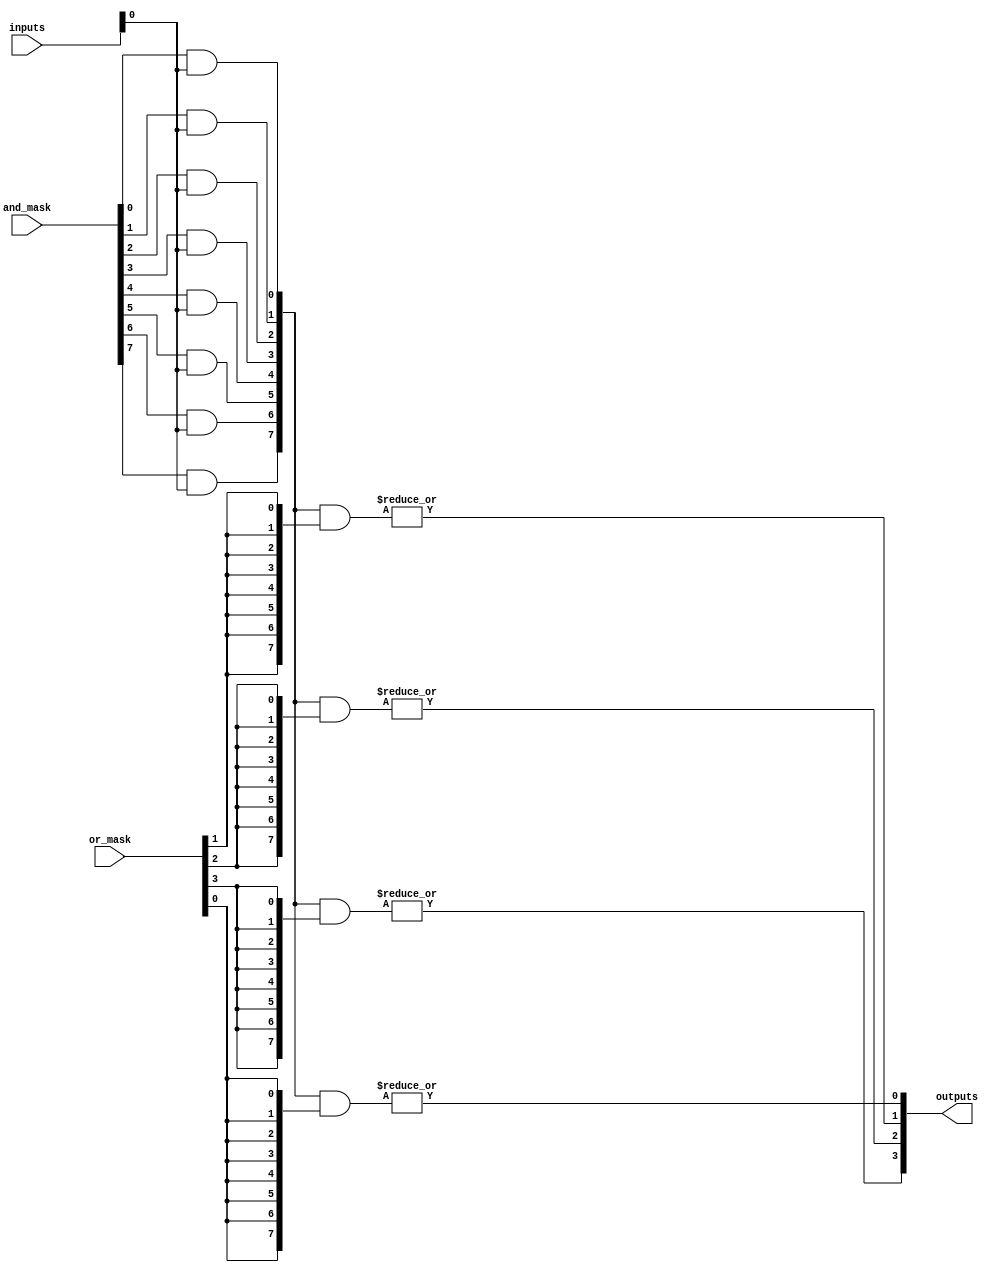
module programmable_logic_array (
    input wire [3:0] inputs,        // 4 input signals
    input wire [7:0] and_mask,      // Programmable masks for AND gates
    input wire [3:0] or_mask,        // Programmable masks for OR gates
    output wire [3:0] outputs        // 4 output signals
);

// Intermediate signals to hold product terms from AND gates
wire [7:0] product_terms;

// AND plane: Generate product terms based on input combinations
generate
    genvar i;
    for (i = 0; i < 8; i = i + 1) begin : and_gates
        // Each AND gate will output '1' if all corresponding inputs are '1'
        assign product_terms[i] = (and_mask[i] & inputs);
    end
endgenerate

// OR plane: Combine product terms to generate final outputs
generate
    genvar j;
    for (j = 0; j < 4; j = j + 1) begin : or_gates
        assign outputs[j] = |(product_terms & {8{or_mask[j]}});
    end
endgenerate

endmodule